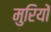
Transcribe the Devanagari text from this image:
मुरियों